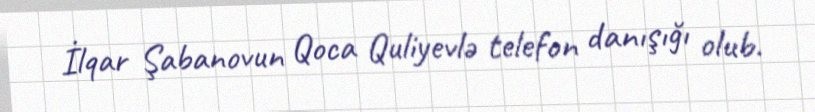
İlqar Şabanovun Qoca Quliyevlə telefon danışığı olub.